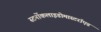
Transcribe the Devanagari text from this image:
स्टर्नोकलाइडोमास्टरॉएड